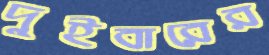
দুইবারের